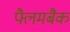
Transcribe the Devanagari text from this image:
फ्लैमबैक